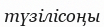
түзілісоңы